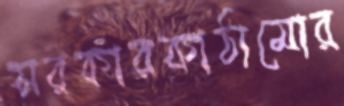
সরকারকাঠামোর